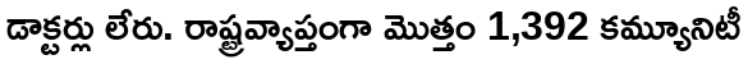
డాక్టర్లు లేరు. రాష్ట్రవ్యాప్తంగా మొత్తం 1,392 కమ్యూనిటీ